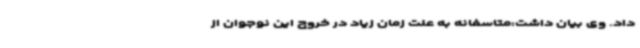
داد. وی بیان داشت:متاسفانه به علت زمان زیاد در خروج این نوجوان از